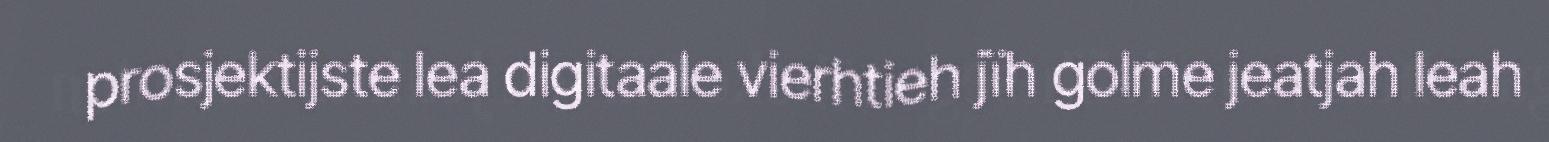
prosjektijste lea digitaale vierhtieh jïh golme jeatjah leah